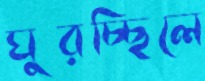
ঘুরচ্ছিলে